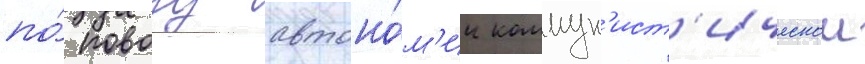
по́ поводу автоно́м'ии коммун'ист'ическои